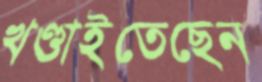
খণ্ডাইতেছেন